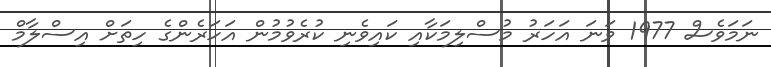
ނަމަވެސް 1977 ވަނަ އަހަރު މުސްލިމަކާއި ކައިވެނި ކުރެވުމުން އަހަރެންގެ ހިތަށް އިސްލާމް